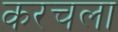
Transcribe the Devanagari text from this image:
करचला